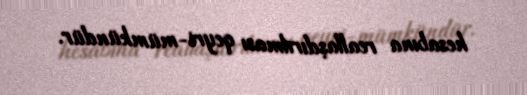
hesabına reallaşdırılması qeyri-mümkündür.